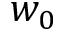
w _ { 0 }